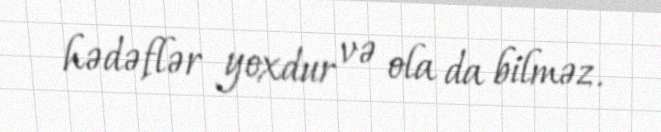
hədəflər yoxdur və ola da bilməz.